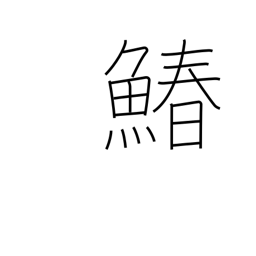
Meaning: Spanish mackerel